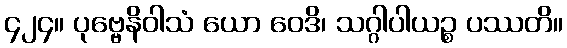
၄၂၄။ ပုဗ္ဗေနိဝါသံ ယော ဝေဒိ၊ သဂ္ဂါပါယဉ္စ ပဿတိ။